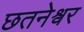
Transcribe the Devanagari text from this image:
छतनेश्वर